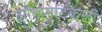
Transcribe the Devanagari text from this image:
ऑटोमेटिकली